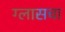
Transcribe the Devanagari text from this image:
ग्लासचा